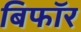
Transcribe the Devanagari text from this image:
बिफाॅर